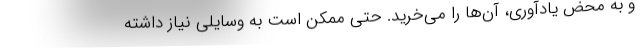
و به محض یادآوری، آن‌ها را می‌خرید. حتی ممکن است به وسایلی نیاز داشته